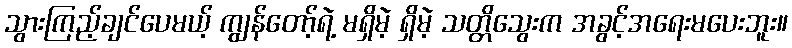
သွားကြည့်ချင်ပေမယ့် ကျွန်တော့်ရဲ့ မရှိမဲ့ ရှိမဲ့ သတ္တိသွေးက အခွင့်အရေးမပေးဘူး။